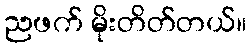
ညဖက် မိုးတိတ်တယ်။